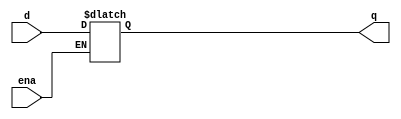
module top_module (
    input d, 
    input ena,
    output q);
    reg q_t;
    always@(ena,d)
        if (ena)
        q_t<=d;
    assign  q=q_t;
endmodule